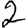
Digit: 2